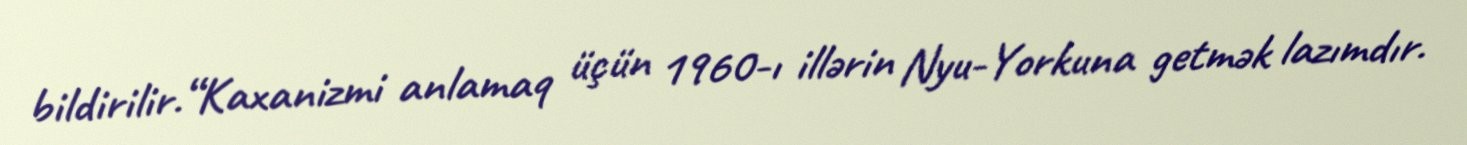
bildirilir.“Kaxanizmi anlamaq üçün 1960-ı illərin Nyu-Yorkuna getmək lazımdır.